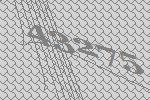
43275